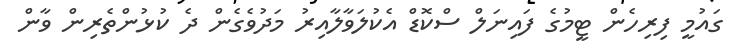
ގައުމީ ފިރިހެން ޓީމުގެ ފައިނަލް ސްކޮޑް އެކުލަވާލާއިރު މަދުވެގެން ދެ ކުޅުންތެރިން ވާން